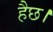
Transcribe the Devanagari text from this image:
हैछ।